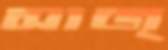
সাজ্‌